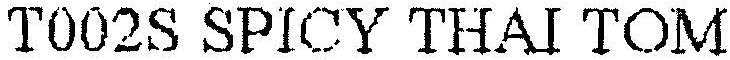
T002S SPICY THAI TOM